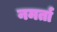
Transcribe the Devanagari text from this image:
नमर्ता